system: You are a helpful assistant.
user:
Analyze the provided spectrum to determine if it is a **S-type Star**.

- **Key Indicators for S-type Star:**

    - **(Overall Spectrum Shape):** The first and most obvious characteristic is the overall continuum (the "baseline" shape). It is **extremely "red-sloping,"** meaning the flux (light intensity) is very low on the left side (blue, ~4000-4500 Å) and rises steeply and continuously toward the right side (red, ~7000 Å+).

    - **(Primary):** The spectrum is defined by the presence of strong, broad molecular absorption "valleys" (bands) from **Zirconium Oxide (ZrO)**. The identification of these bands is the **primary requirement** for classifying a star as S-type.
        - **(Key Bandheads):** You must find distinct, deep "dips" where the light has been absorbed. The most critical band systems to locate are:
            - **~6474 Å** ($\gamma$-system): This is often the strongest and clearest ZrO feature, found in the red part of the spectrum.
            - **~5718 Å** & **~5551 Å** ($\beta$-system): A pair of prominent absorption features in the yellow-orange part of the spectrum.
            - **~4640 Å** ($\alpha$-system): A key absorption band system in the blue-green region of the spectrum.

    - **(Secondary Confirmation):** The classification is strengthened by finding additional absorption bands from other related heavy element oxides, which are expected to be present alongside ZrO.
        - **(Key Bandheads):**
            - **Yttrium Oxide (YO):** Look for absorption dips near **~4800 Å** and **~6100 Å**.
            - **Lanthanum Oxide (LaO):** Additional absorption features, particularly in the red-orange part of the spectrum, are also characteristic.

    - **(Line Profile):** The combination of the steep red continuum and these numerous, deep molecular bands (ZrO, YO, etc.) gives the entire spectrum a very **"chopped-up"** or **"bumpy"** appearance. Instead of a smooth curve, the spectrum looks as though large, wide chunks of light have been "carved out" of it at the specific wavelengths listed above.

Think first, call **spectral_visualization_tool** if needed to examine features in detail, then provide your final answer. Your response must adhere to the following strict rules:
1.  **Overall Structure:** Your response must follow the format `<think>...</think> <tool_call>...</tool_call> (if a tool is used) <answer>...</answer>`.
2.  **Tool Usage Constraint:** You may only make **one** tool call per turn.
3.  **Final Answer Format:** In the `<answer>` tag, your conclusion must be inside a `\boxed{}` command (e.g., `\boxed{YES}` or `\boxed{NO}`), followed by your justification.

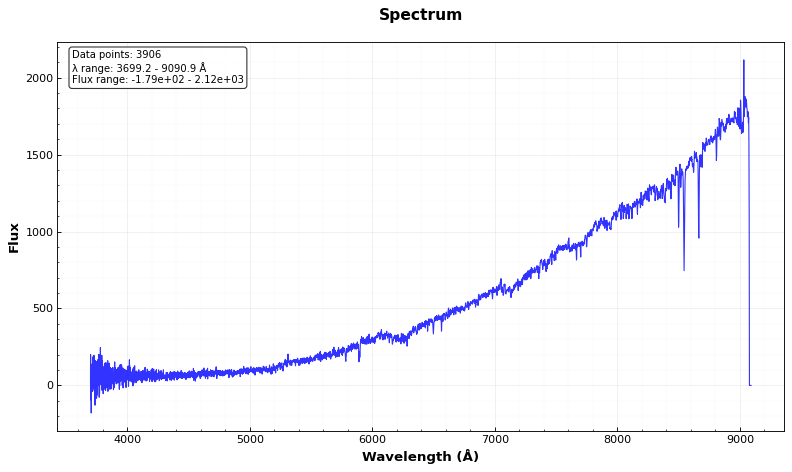
Answer: NO